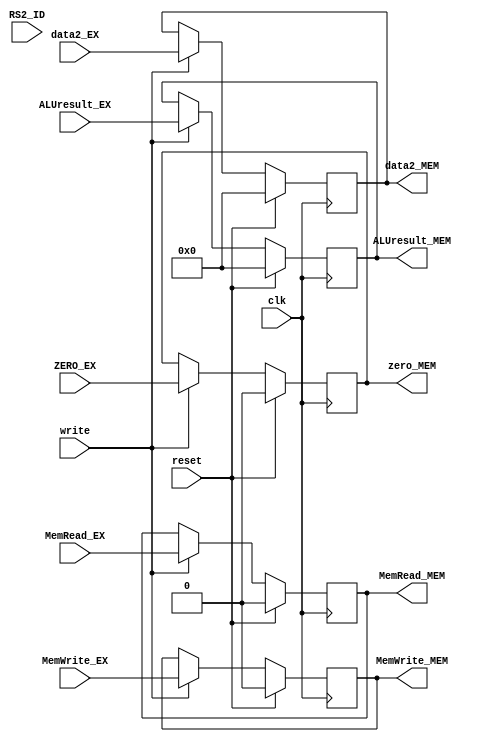
`timescale 1ns / 1ps


module EX_MEM_reg(input clk, reset, write,
                    input [31:0] ALUresult_EX, data2_EX,
                    input MemRead_EX, MemWrite_EX,
                    input RS2_ID,
                    input ZERO_EX,
                    output reg [31:0] ALUresult_MEM, data2_MEM,
                    output reg MemRead_MEM, MemWrite_MEM,
                    output reg zero_MEM);
                    
    always@(posedge clk) begin
        if(reset) begin
            data2_MEM <= 32'b0;
            ALUresult_MEM <= 32'b0;
            zero_MEM <= 1'b0;
            MemRead_MEM <= 1'b0;
            MemWrite_MEM <= 1'b0;
        end
        else begin
            if(write) begin
                data2_MEM <= data2_EX;
                ALUresult_MEM <= ALUresult_EX;
                zero_MEM <= ZERO_EX;
                MemRead_MEM <= MemRead_EX;
                MemWrite_MEM <= MemWrite_EX;
            end
        end
    end                    
                    
endmodule